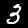
Label: 3